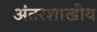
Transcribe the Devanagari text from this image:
अंतरशाखीय